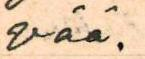
vää.